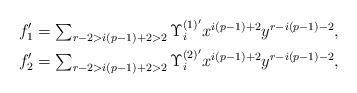
LaTeX: \begin{align*}f_1' & \textstyle = \sum_{r - 2 > i(p-1) + 2 > 2} \Upsilon_i^{(1)'} x^{i(p-1)+2}y^{r-i(p-1)-2}, \\f_2' & \textstyle = \sum_{r - 2 > i(p-1) + 2 > 2} \Upsilon_i^{(2)'} x^{i(p-1)+2}y^{r-i(p-1)-2},\end{align*}